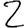
Digit: 2